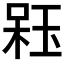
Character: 𣔣